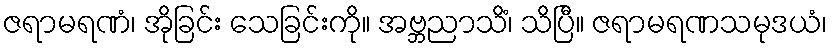
ဇရာမရဏံ၊ အိုခြင်း သေခြင်းကို။ အဗ္ဘညာသိံ၊ သိပြီ။ ဇရာမရဏသမုဒယံ၊